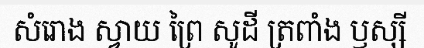
សំរោង ស្វាយ ព្រៃ សូដី ត្រពាំង ឫស្សី